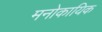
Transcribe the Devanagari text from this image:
मनोकायिक